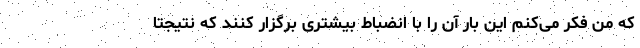
که من فکر می‌کنم این بار آن را با انضباط بیشتری برگزار کنند که نتیجتا